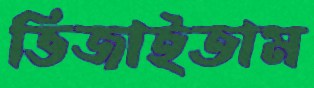
ভিজাইতাম